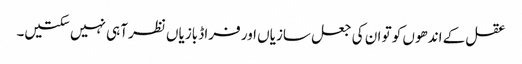
عقل کے اندھوں کو تو ان کی جعل سازیاں اور فراڈ بازیاں نظر آہی نہیں سکتیں۔